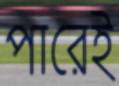
পারেই